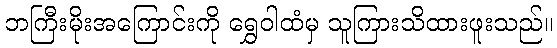
ဘကြီးမိုးအကြောင်းကို ရွှေဝါထံမှ သူကြားသိထားဖူးသည်။